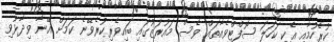
ކުރެހުމާއި އެކި ކަހަލަ ސޮފްޓްވެއާތައް ވެސް މައުރަޒުގައި ބައިވެރިކުރެވޭނެ ކަމަށް އޭނާ ވިދާޅުވި